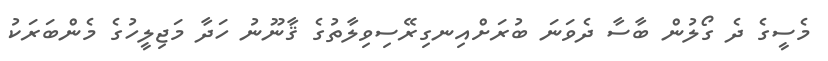
މެސީގެ ދެ ގޯލުން ބާސާ ދެވަނަ ބުރަށްއިނގިރޭސިވިލާތުގެ ޤާނޫނު ހަދާ މަޖިލީހުގެ މެންބަރަކު